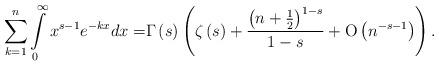
LaTeX: \begin{align*}\sum\limits_{k = 1}^n {\int\limits_0^\infty {{x^{s - 1}}{e^{ - kx}}dx} = } \Gamma \left( s \right)\left( {\zeta \left( s \right) + \frac{{{{\left( {n + \frac{1}{2}} \right)}^{1 - s}}}}{{1 - s}} + {\rm O}\left( {{n^{ - s - 1}}} \right)} \right). \end{align*}